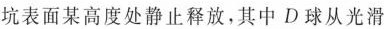
坑表面某高度处静止释放，其中D球从光滑